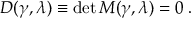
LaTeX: D ( \gamma , \lambda ) \equiv \operatorname * { d e t } M ( \gamma , \lambda ) = 0 \; .